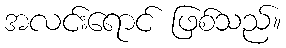
အလင်းရောင် ဖြစ်သည်။